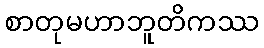
စာတုမဟာဘူတိကဿ